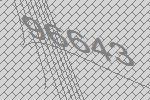
96643